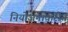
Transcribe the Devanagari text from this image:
नियोजनाकरीत